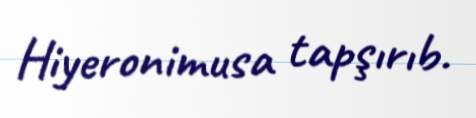
Hiyeronimusa tapşırıb.